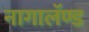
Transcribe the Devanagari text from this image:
नागालॅण्ड